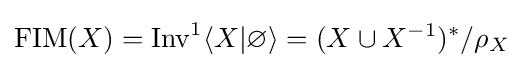
\mathrm {FIM} (X)=\mathrm {Inv} ^{1}\langle X|\varnothing \rangle =({X\cup X^{-1}})^{*}/\rho _{X}